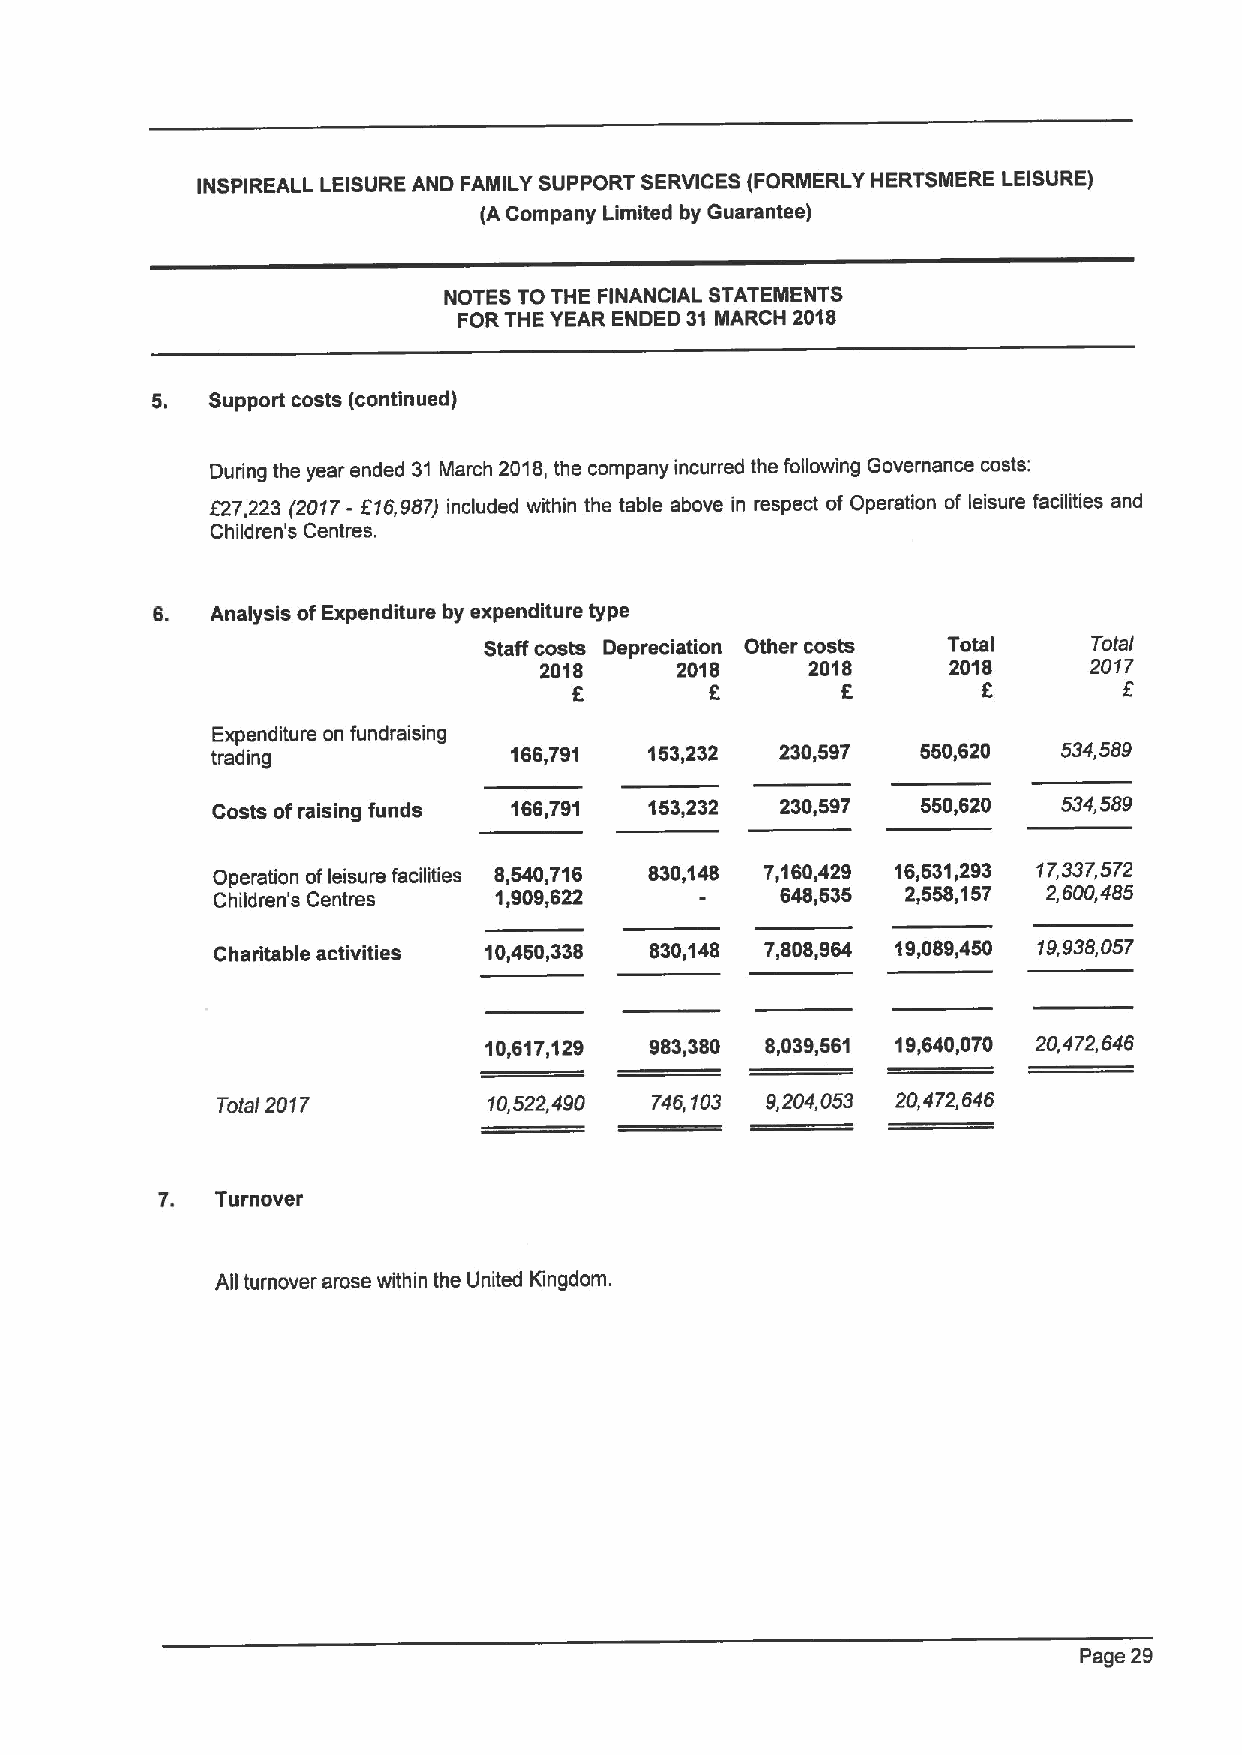
INSPIREALL LEISUREAND FAMILY SUPPORT SERVICES (FORMERLY HERTSNIERE LEISURE)
 (ACompany Limited by Guarantee)
 NOTES TO THE FINANCIAL STATEMENTS
 FORTHE YEAR ENDED 31 MARCH 2018
 5.  Support costs (continued)
 During the year ended 31 March 2018,the company incurred the following Governance costs;
 627,223 (2017-616,987) included within the table above in respect of Operation of leisure facilities and
 Children's Centres.
 6.  Analysis ofExpenditure by expenditure type
 Staff costs Depreciation Other costs Total Total
 2018     2018     2018     2018     2017
 6                          6
 Expenditure on fundraising
 trading             166,791  153,232  230,597  550,620  534,589
 Costs ofraising funds 166,791 153,232 230,597  550,620  534,589
 Operation ofleisure facilities 8,540,716 830,148 7,160,429 16,531,293 17,337,572
 Children's Centres 1,909,622          648,535 2,558,157 2,600,485
 Charitable activities 10,450,338 830,148 7,808,964 19,089,450 19,938,057
 10,617,129 983,380 8,039,581 19,640,070 20,472,646
 Total 2017        10,522,490 746,103 9,204,053 20,472,646
 7.  TUI'never
 All turnover arose within the United Kingdom.
 Page 29